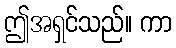
ဤအရှင်သည်။ ကာ